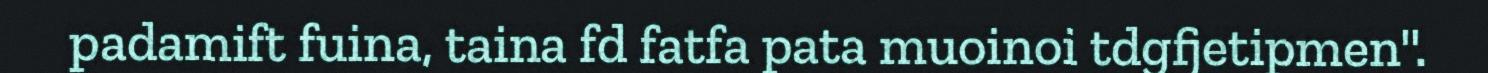
padamift fuina, taina fd fatfa pata muoinoi tdgfjetipmen".